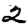
Digit: 2